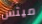
ميتس